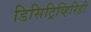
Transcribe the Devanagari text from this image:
डिसिट्रिव्हिरिडी